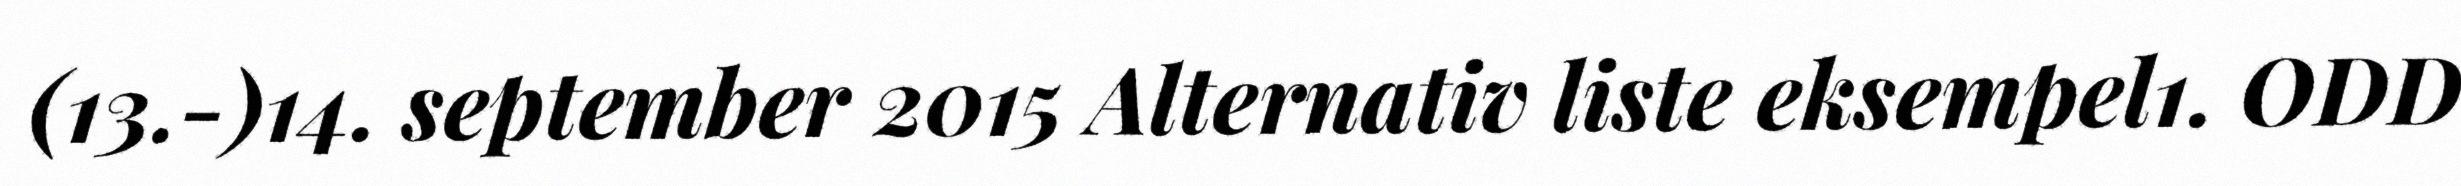
(13.-)14. september 2015 Alternativ liste eksempel1. ODD